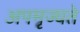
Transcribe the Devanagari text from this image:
अपमृज्यते